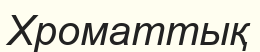
Хроматтық